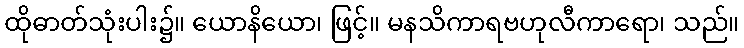
ထိုဓာတ်သုံးပါး၌။ ယောနိယော၊ ဖြင့်။ မနသိကာရဗဟုလီကာရော၊ သည်။